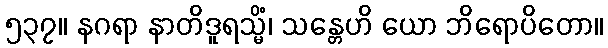
၅၃၇။ နဂရာ နာတိဒူရသ္မိံ၊ သန္တေဟိ ယော ဘိရောပိတော။